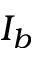
I _ { b }